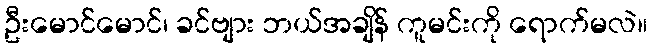
ဦးမောင်မောင်၊ ခင်ဗျား ဘယ်အချိန် ကူမင်းကို ရောက်မလဲ။